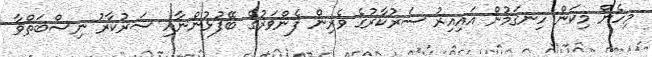
މިހެން މިކަން ހިނގަމުން އައިއިރު ސަރުކާރުގެ ވެރިން ފެންވަރުގެ ބޭފުޅުންނާއި ސަރުކާރު ނިސްބަތްވާ